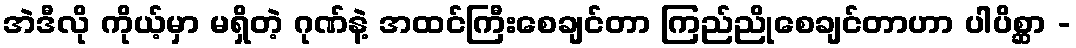
အဲဒီလို ကိုယ့်မှာ မရှိတဲ့ ဂုဏ်နဲ့ အထင်ကြီးစေချင်တာ ကြည်ညိုစေချင်တာဟာ ပါပိစ္ဆာ -